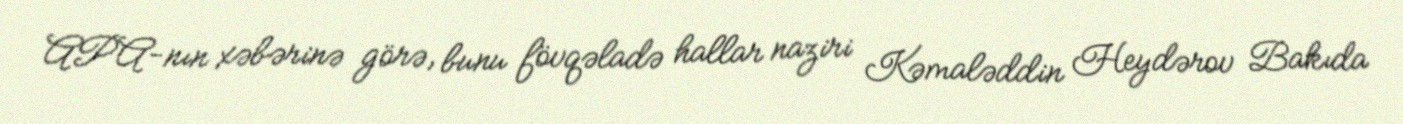
APA-nın xəbərinə görə, bunu fövqəladə hallar naziri Kəmaləddin Heydərov Bakıda